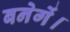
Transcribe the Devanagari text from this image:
बनेगें।